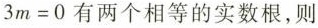
3 m = 0$$有两个相等的实数根，则